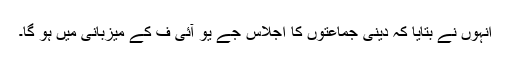
انہوں نے بتایا کہ دینی جماعتوں کا اجلاس جے یو آئی ف کے میزبانی میں ہو گا۔